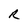
Character: R